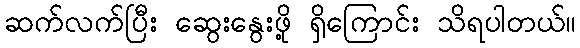
ဆက်လက်ပြီး ဆွေးနွေးဖို့ ရှိကြောင်း သိရပါတယ်။